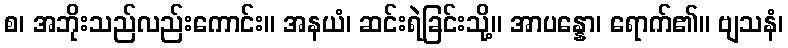
စ၊ အဘိုးသည်လည်းကောင်း။ အနယံ၊ ဆင်းရဲခြင်းသို့။ အာပန္နော၊ ရောက်၏။ ဗျသနံ၊